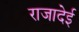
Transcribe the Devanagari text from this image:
राजादेई